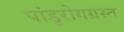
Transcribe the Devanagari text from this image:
पांडुरोगग्रस्त